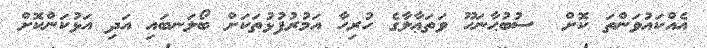
އެއްކައުވަންތަ ކޮށް  ސުބުޙާނަހޫ ވަތަޢާލާގެ ހުރިހާ އަމުރުފުޅުތަކަށް ބޯލަނބައި އަދި އަޅުކަންކޮށް